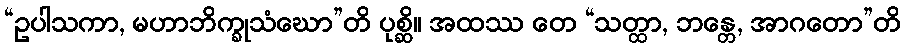
“ဥပါသကာ, မဟာဘိက္ခုသံဃော”တိ ပုစ္ဆိ။ အထဿ တေ “သတ္ထာ, ဘန္တေ, အာဂတော”တိ